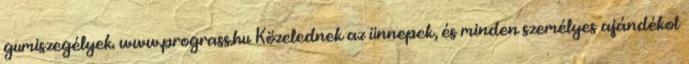
gumiszegélyek. www.prograss.hu Közelednek az ünnepek, és minden személyes ajándékot